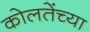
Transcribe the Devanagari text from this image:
कोलतेंच्या